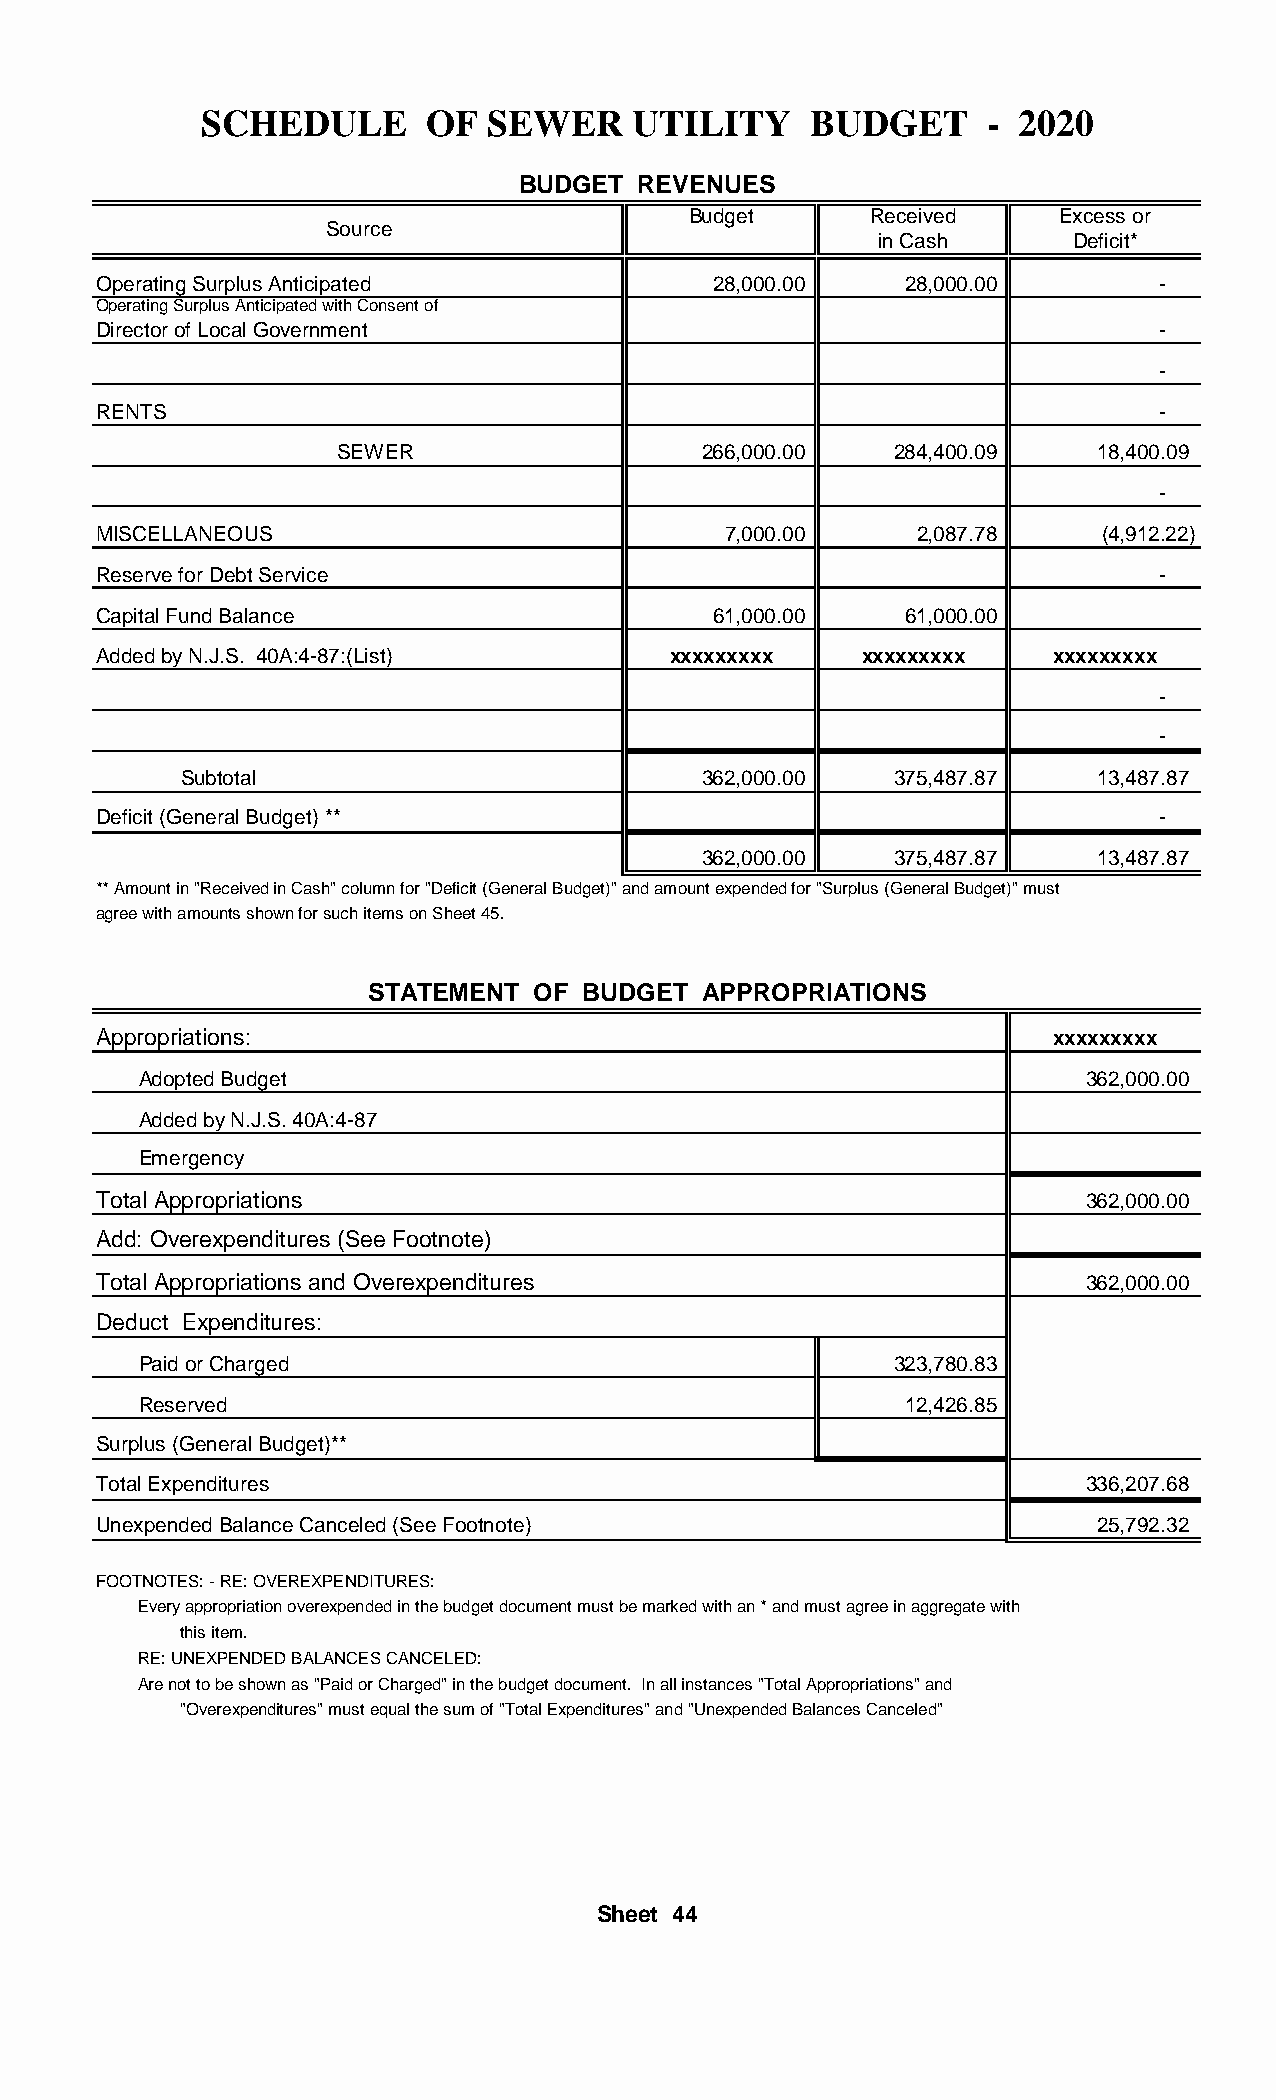
SCHEDULE       OF  SEWER     UTILITY    BUDGET      - 2020
 BUDGET  REVENUES
 Budget      Received     Excess or
 Source
 in Cash      Deficit*
 Operating Surplus Anticipated            28,000.00    28,000.00       -
 Operating Surplus Anticipated with Consent of
 Director of Local Government                                          -
 -
 RENTS                                                                 -
 SEWER                   266,000.00   284,400.09   18,400.09
 -
 MISCELLANEOUS                             7,000.00    2,087.78     (4,912.22)
 Reserve for Debt Service                                              -
 Capital Fund Balance                     61,000.00    61,000.00
 Added by N.J.S. 40A:4-87:(List)       xxxxxxxxx    xxxxxxxxx   xxxxxxxxx
 -
 -
 Subtotal                          362,000.00   375,487.87   13,487.87
 Deficit (General Budget) **                                           -
 362,000.00   375,487.87   13,487.87
 ** Amount in "Received in Cash" column for "Deficit (General Budget)" and amount expended for "Surplus (General Budget)" must
 agree with amounts shown for such items on Sheet 45.
 STATEMENT  OF BUDGET  APPROPRIATIONS
 Appropriations:                                                xxxxxxxxx
 Adopted Budget                                                362,000.00
 Added by N.J.S. 40A:4-87
 Emergency
 Total Appropriations                                             362,000.00
 Add: Overexpenditures (See Footnote)
 Total Appropriations and Overexpenditures                        362,000.00
 Deduct Expenditures:
 Paid or Charged                                   323,780.83
 Reserved                                           12,426.85
 Surplus (General Budget)**
 Total Expenditures                                               336,207.68
 Unexpended Balance Canceled (See Footnote)                        25,792.32
 FOOTNOTES: - RE: OVEREXPENDITURES:
 Every appropriation overexpended in the budget document must be marked with an * and must agree in aggregate with
 this item.
 RE: UNEXPENDED BALANCES CANCELED:
 Are not to be shown as "Paid or Charged" in the budget document. In all instances "Total Appropriations" and
 "Overexpenditures" must equal the sum of "Total Expenditures" and "Unexpended Balances Canceled"
 Sheet 44